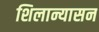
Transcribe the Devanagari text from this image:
शिलान्यासन